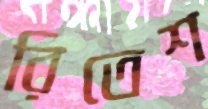
রিতেশ